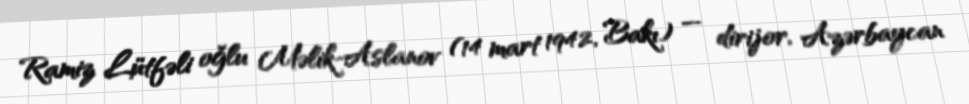
Ramiz Lütfəli oğlu Məlik-Aslanov (14 mart 1942, Bakı) — dirijor, Azərbaycan